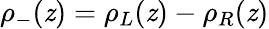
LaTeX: \rho_{-}(\mathit{z})=\rho_{L}(\mathit{z})-\rho_{R}(\mathit{z})